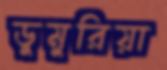
ডুমুরিয়া